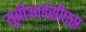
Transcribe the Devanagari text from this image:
यूबीआईसीएस